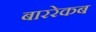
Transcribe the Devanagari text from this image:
बाररेकब